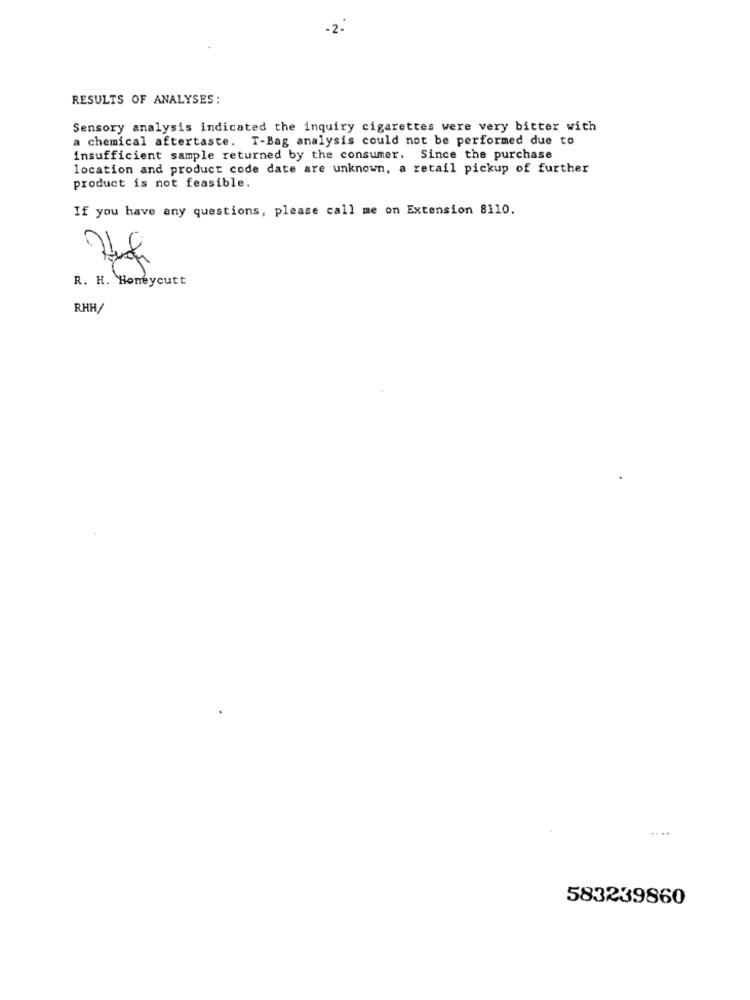
RESULTS OF ANALYSES:
Sensory analysis indicated the inquiry cigarettes were very bitter with
a chemical aftertaste. T-Bag analysis could not be performed due to
insufficient sample returned by the consumer. Since the purchase
location and product code date are unknown, a retail pickup of further
product is not feasible.
If you have any questions, please call me on Extension 8110.
R. H. Honeycutt
RHH
....
583239860